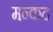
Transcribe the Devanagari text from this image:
मन्कद